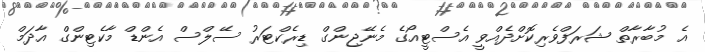
އެ މުބާރާތް ޝަރަފްވެރިކޮށްދެއްވީ އެސްޓީއޯގެ މެނޭޖިންގް ޑިރެކްޓަރު ސޭލްސް އެންޑް މާކެޓިންގް އާދަމް